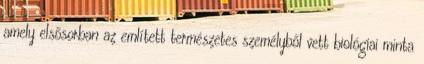
amely elsősorban az említett természetes személyből vett biológiai minta